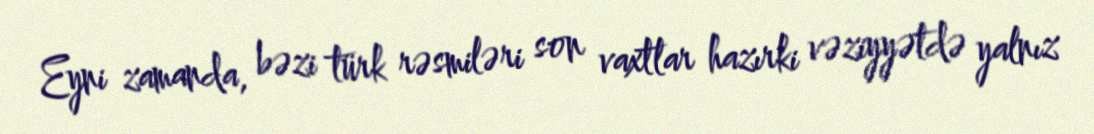
Eyni zamanda, bəzi türk rəsmiləri son vaxtlar hazırki vəziyyətdə yalnız